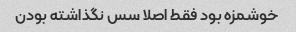
خوشمزه بود فقط اصلا سس نگذاشته بودن